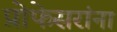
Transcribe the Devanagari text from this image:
प्रोफेसरांना